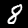
Label: 8